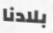
بلادنا